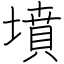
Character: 墳